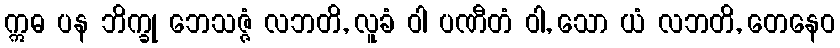
ဣဓ ပန ဘိက္ခု ဘေသဇ္ဇံ လဘတိ, လူခံ ဝါ ပဏီတံ ဝါ, သော ယံ လဘတိ, တေနေဝ